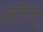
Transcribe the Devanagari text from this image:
वॉन्